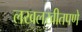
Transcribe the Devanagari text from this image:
लखलखीतपणे